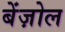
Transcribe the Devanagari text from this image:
बेंज़ोल